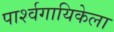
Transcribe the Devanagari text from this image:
पार्श्वगायिकेला